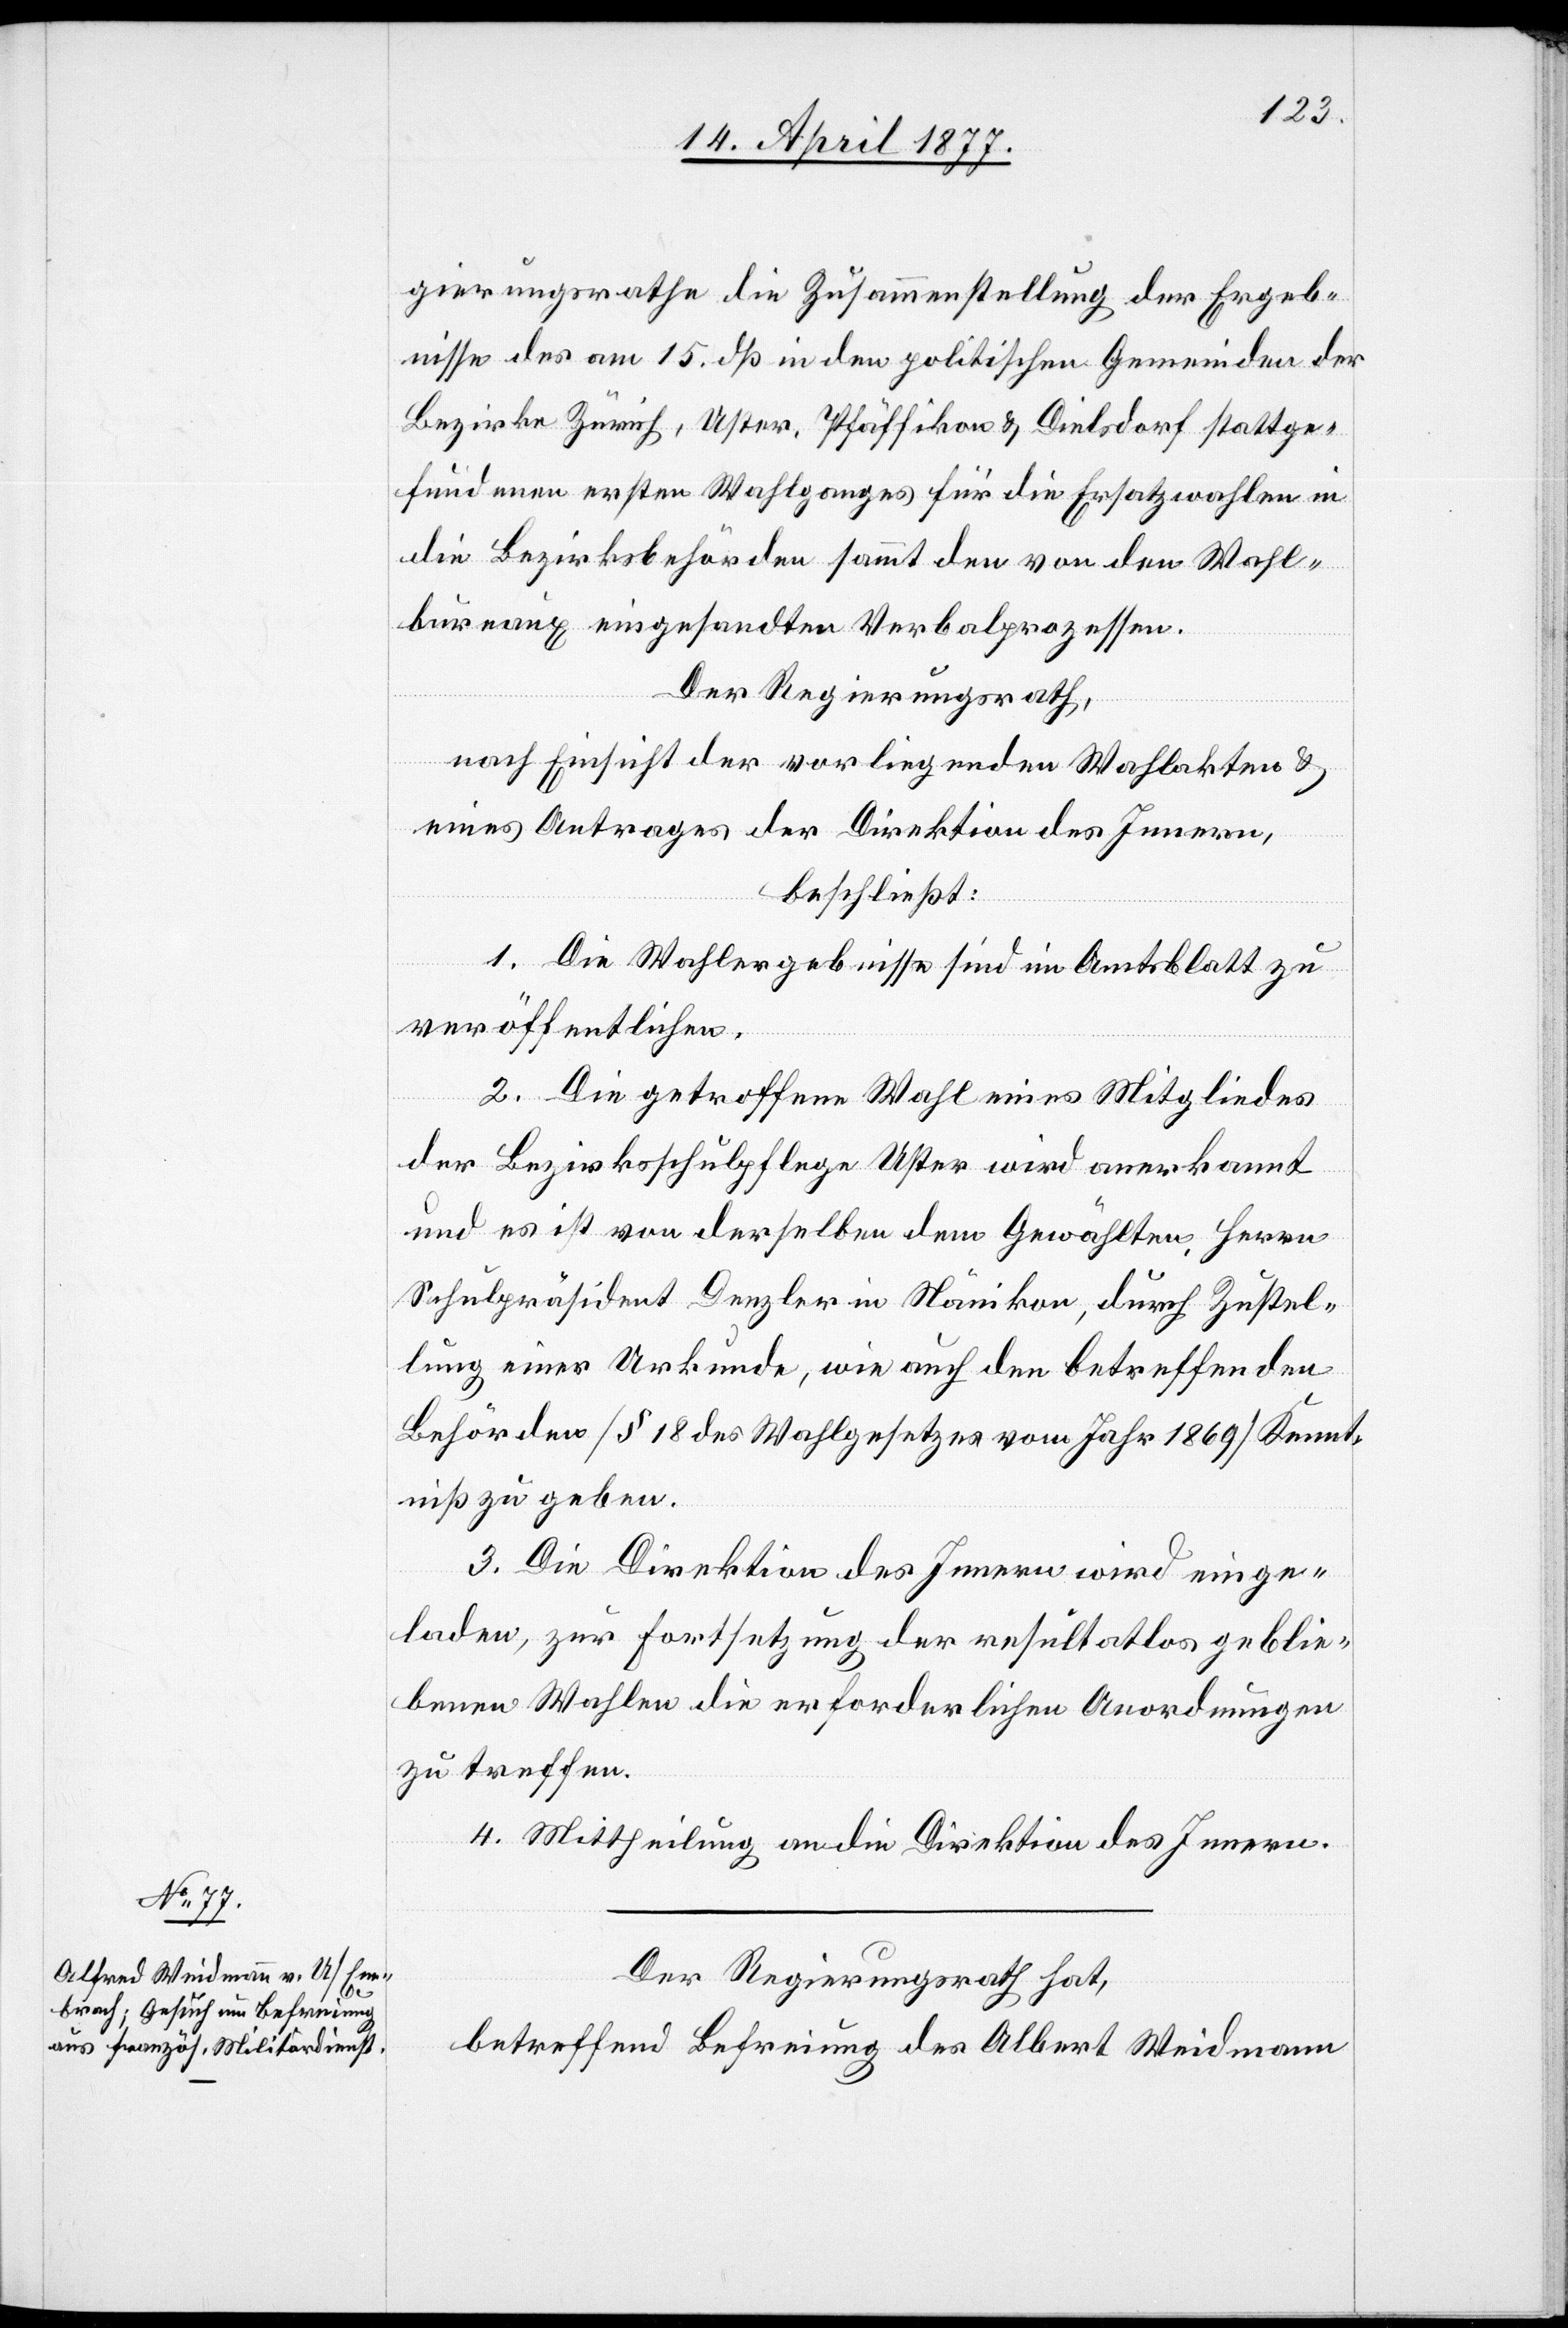
18. April 1877.]
gierungsrathe die Zusammenstellung der Ergeb¬
nisse des am 15. dß. in den politischen Gemeinden der
Bezirke Zürich, Uster, Pfäffikon & Dielsdorf stattge¬
fundenen erstens Wahlganges für die Ersatzwahlen in
die Bezirksbehörden sammt den von den Wahl¬
bureaux eingesandten Verbalprozessen.
Der Regierungsrath,
nach Einsicht der vorliegenden Wahlakten &
eines Antrages der Direktion des Innern,
beschließt:
1. Die Wahlergebnisse sind im Amtsblatt zu
veröffentlichen.
2. Die getroffene Wahl eines Mitgliedes
der Bezirksschulpflege Uster wird anerkannt
und es ist von derselben dem Gewählten Herrn
Schulpräsident Denzler in Nänikon, durch Zustel¬
lung einer Urkunde, wie auch den betreffenden
Behörden [§ 18 des Wahlgesetzes vom Jahr 1869] Kennt¬
niß zu geben.
3. Die Direktion des Innern wird einge¬
laden, zur Fortsetzung der resultatlos geblie¬
benen Wahlen die erforderlichen Anordnungen
zu treffen.
4. Mittheilung an die Direktion des Innern.
Der Regierungsrath hat,
betreffend Befreiung des Albert [sic!] Weidmann